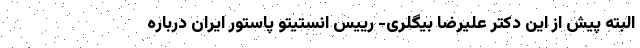
البته پیش از این دکتر علیرضا بیگلری- رییس انستیتو پاستور ایران درباره